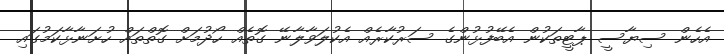
އެހެން ސިޔާސީ ޕާޓީތަކުން އެބޭފުޅުންގެ ސަރުކާރެއް އެކުލަވާލާނޭ ގޮތެއް ހޯދުމަށް ގޮތްތައް ހުށަނާޅާކަމުގައި